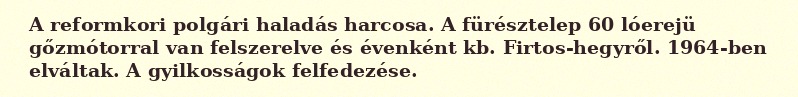
A reformkori polgári haladás harcosa. A fürésztelep 60 lóerejü gőzmótorral van felszerelve és évenként kb. Firtos-hegyről. 1964-ben elváltak. A gyilkosságok felfedezése.